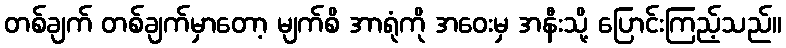
တစ်ချက် တစ်ချက်မှာတော့ မျက်စိ အာရုံကို အဝေးမှ အနီးသို့ ပြောင်းကြည့်သည်။